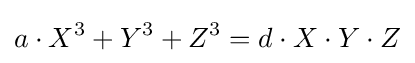
a\cdot X^{3}+Y^{3}+Z^{3}=d\cdot X\cdot Y\cdot Z